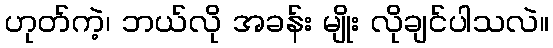
ဟုတ်ကဲ့၊ ဘယ်လို အခန်း မျိုး လိုချင်ပါသလဲ။